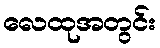
လေထုအတွင်း